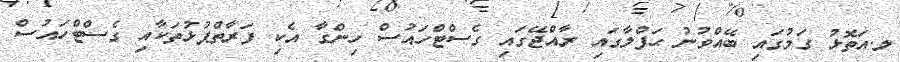
ލ.އަތޮޅު ގަމުގައި ބޭއްވުނު ޙަފްލާގައި ރާއްޖޭގައި ގެސްޓްހައުސް ހިންގާ އެކި ފަރާތްޕުޅުތަކާއި ގެސްޓްހައުސް